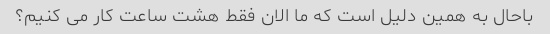
باحال به همین دلیل است که ما الان فقط هشت ساعت کار می کنیم؟